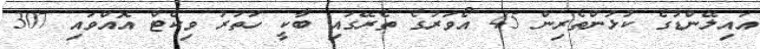
އައިލޭންޑުގެ ކުޅުންތެރިން 45 އޯވަރުގެ ތެރޭގައި ބާކީ ހަތަރު ވިކެޓް އޮއްވައި 307